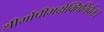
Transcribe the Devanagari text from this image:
श्रीर्गोपीभद्रोक्तिनिर्वतः।